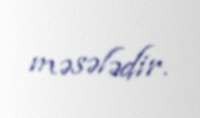
məsələdir.